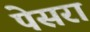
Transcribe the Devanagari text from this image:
पेसरा